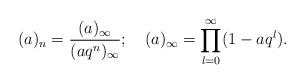
LaTeX: \begin{align*}(a)_n = \frac{(a)_{\infty}}{(aq^n)_{\infty}};\quad (a)_{\infty} = \prod_{l=0}^{\infty}(1-aq^l).\end{align*}